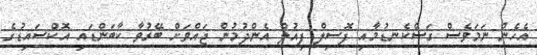
އެހެން ނަމަވެސް ގަސްކެނޑުމާއި ފޮސިލް ފިއުލް އެންދުމުން ޖައްވަށް ބޭރުވާ ކާބަންޑައި އޮކްސައިޑުގެ